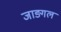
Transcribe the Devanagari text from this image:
जाङ्गल